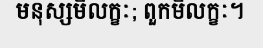
មនុស្សមិលក្ខៈ; ពួកមិលក្ខៈ។